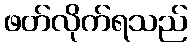
ဖတ်လိုက်ရသည်